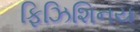
ફિઝિશિનય